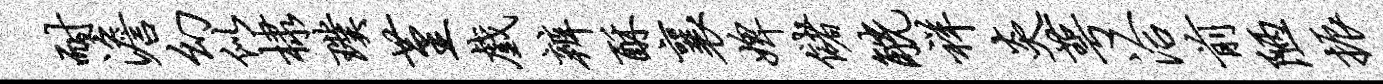
耐澹幻似棣璞堇戏辨酥襄婢储觥祥炎萼洽前陋振